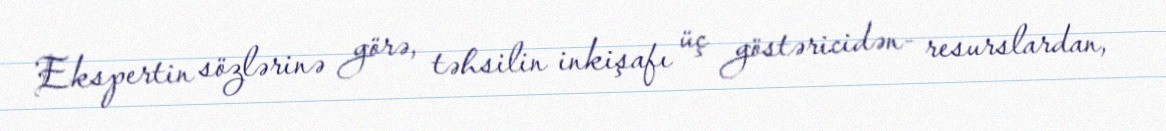
Ekspertin sözlərinə görə, təhsilin inkişafı üç göstəricidən- resurslardan,